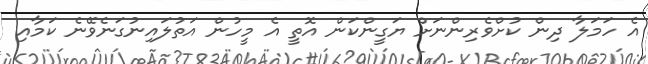
އެ ހަމަލާ ދިން ކުށްވެރިންނަށް ޔަގީންކަން އޮތީ އެ މީހުން އަތުލައިނުގަނެވޭނެ ކަމާއި